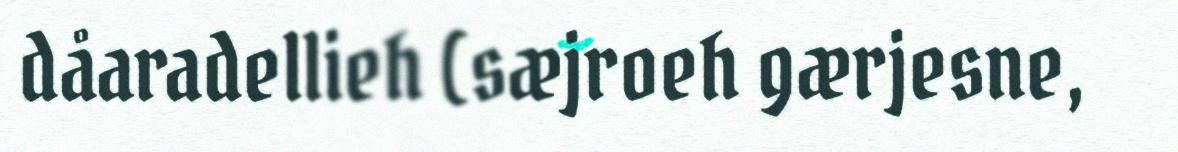
dåaradellieh (sæjroeh gærjesne,